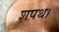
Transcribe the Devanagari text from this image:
शपथ।